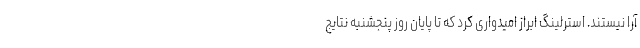
آرا نیستند. استرلینگ ابراز امیدواری کرد که تا پایان روز پنجشنبه نتایج